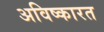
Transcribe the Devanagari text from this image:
अविष्कारत